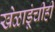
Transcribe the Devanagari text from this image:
खेळाडूंचीही